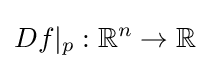
Df|_{p}:\mathbb {R} ^{n}\to \mathbb {R}